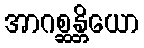
အာဂစ္ဆန္တိယော